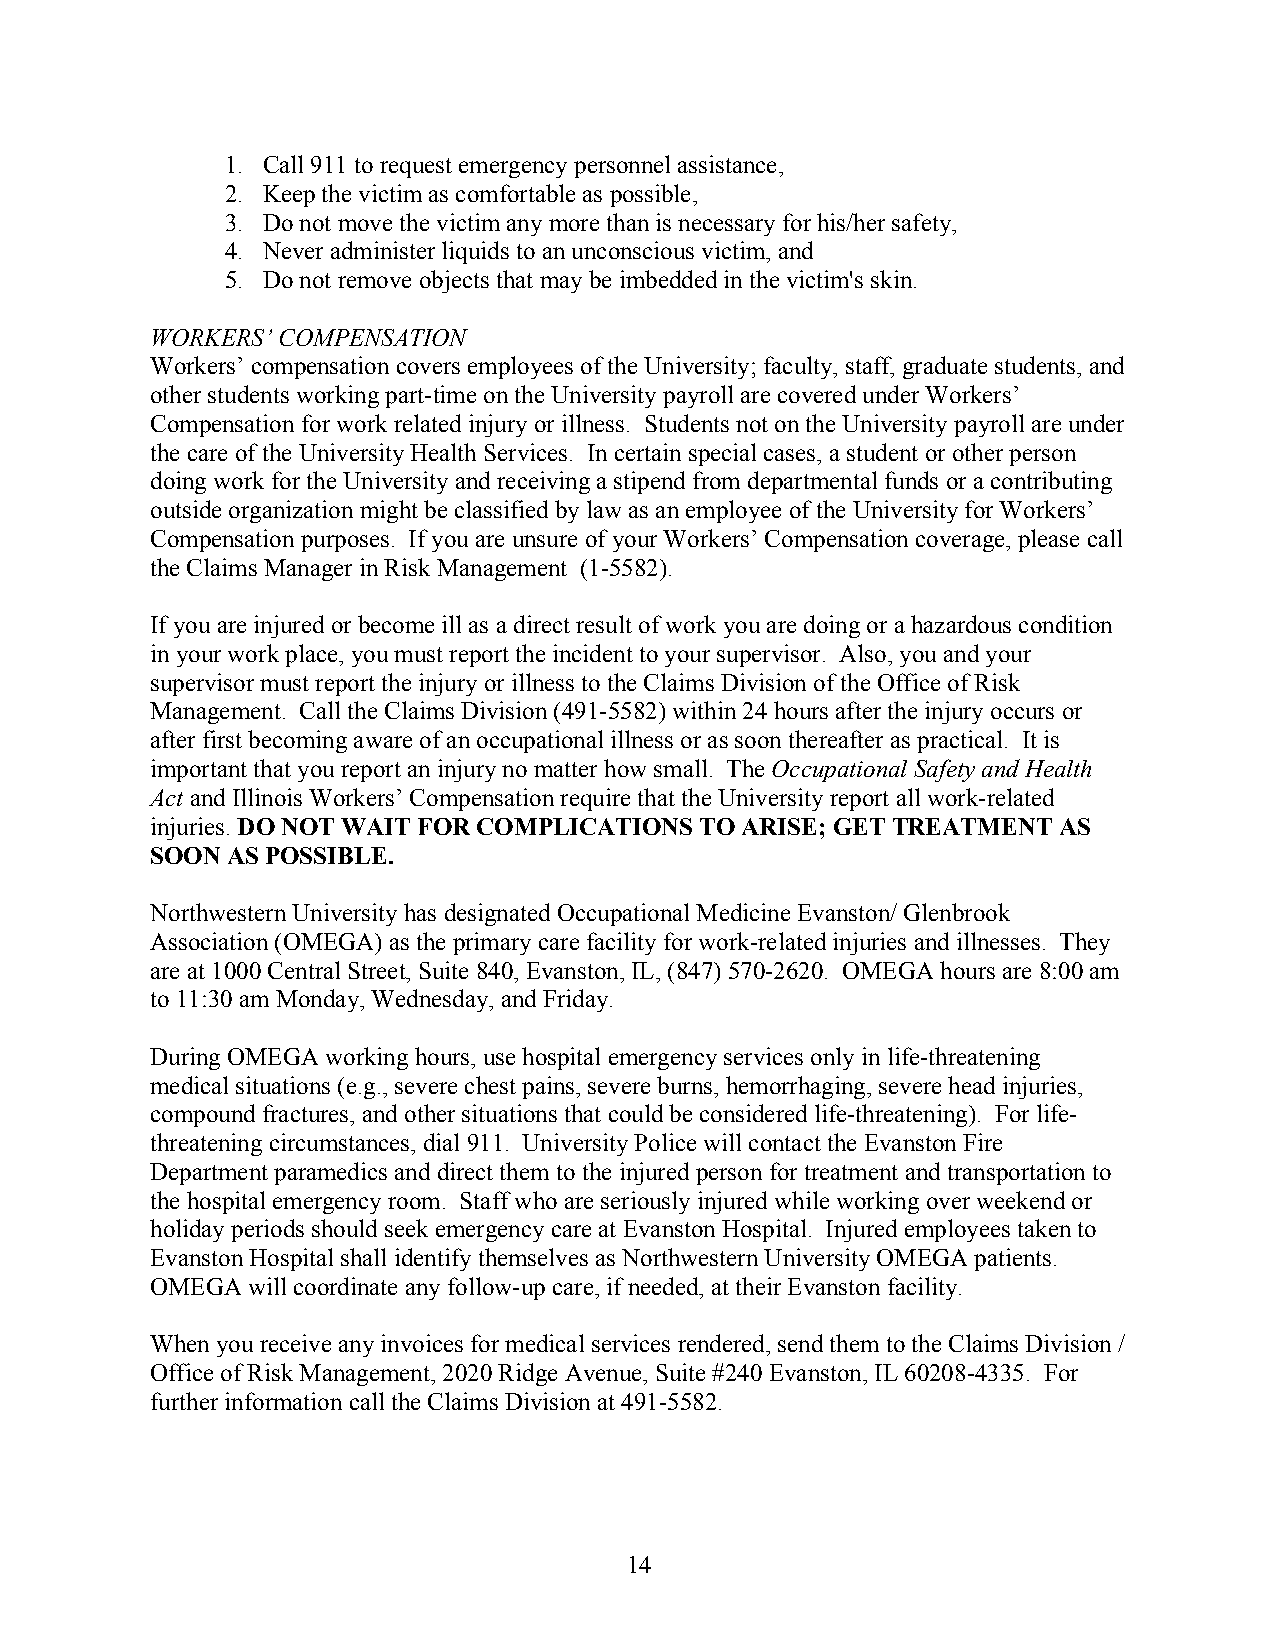
1. Call 911 to request emergency personnel assistance,
 2. Keep the victim as comfortable as possible,
 3. Do not move the victim any more than is necessary for his/her safety,
 4. Never administer liquids to an unconscious victim, and
 5. Do not remove objects that may be imbedded in the victim's skin.
 WORKERS’ COMPENSATION
 Workers’ compensation covers employees of the University; faculty, staff, graduate students, and
 other students working part-time on the University payroll are covered under Workers’
 Compensation for work related injury or illness. Students not on the University payroll are under
 the care of the University Health Services. In certain special cases, a student or other person
 doing work for the University and receiving a stipend from departmental funds or a contributing
 outside organization might be classified by law as an employee of the University for Workers’
 Compensation purposes. If you are unsure of your Workers’ Compensation coverage, please call
 the Claims Manager in Risk Management (1-5582).
 If you are injured or become ill as a direct result of work you are doing or a hazardous condition
 in your work place, you must report the incident to your supervisor. Also, you and your
 supervisor must report the injury or illness to the Claims Division of the Office of Risk
 Management. Call the Claims Division (491-5582) within 24 hours after the injury occurs or
 after first becoming aware of an occupational illness or as soon thereafter as practical. It is
 important that you report an injury no matter how small. The Occupational Safety and Health
 Act and Illinois Workers’ Compensation require that the University report all work-related
 injuries. DO NOT WAIT FOR COMPLICATIONS TO ARISE; GET TREATMENT AS
 SOON AS POSSIBLE.
 Northwestern University has designated Occupational Medicine Evanston/ Glenbrook
 Association (OMEGA) as the primary care facility for work-related injuries and illnesses. They
 are at 1000 Central Street, Suite 840, Evanston, IL, (847) 570-2620. OMEGA hours are 8:00 am
 to 11:30 am Monday, Wednesday, and Friday.
 During OMEGA working hours, use hospital emergency services only in life-threatening
 medical situations (e.g., severe chest pains, severe burns, hemorrhaging, severe head injuries,
 compound fractures, and other situations that could be considered life-threatening). For life-
 threatening circumstances, dial 911. University Police will contact the Evanston Fire
 Department paramedics and direct them to the injured person for treatment and transportation to
 the hospital emergency room. Staff who are seriously injured while working over weekend or
 holiday periods should seek emergency care at Evanston Hospital. Injured employees taken to
 Evanston Hospital shall identify themselves as Northwestern University OMEGA patients.
 OMEGA will coordinate any follow-up care, if needed, at their Evanston facility.
 When you receive any invoices for medical services rendered, send them to the Claims Division /
 Office of Risk Management, 2020 Ridge Avenue, Suite #240 Evanston, IL 60208-4335. For
 further information call the Claims Division at 491-5582.
 14